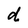
Character: d